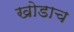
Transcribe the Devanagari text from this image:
खोडाच